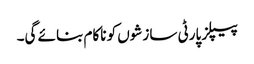
پیپلز پارٹی سازشوں کو ناکام بنائے گی۔